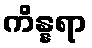
ကိန္နရာ